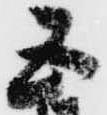
五